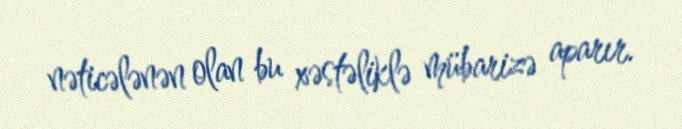
nəticələnən olan bu xəstəliklə mübarizə aparır.